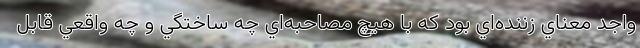
واجد معناي زننده‌اي بود كه با هيچ مصاحبه‌اي چه ساختگي و چه واقعي قابل